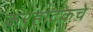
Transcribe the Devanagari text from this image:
करहाटकचे